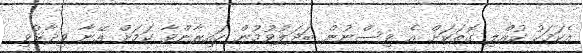
އެކަމަކު ކުއްލި ގޮތަކަށް އެ ވިސްނުން ބަދަލުވުމުން ހައިރާންވާ ކަމަށް އޭނާ ވިދާޅުވި